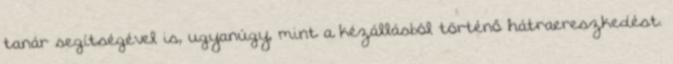
tanár segítségével is, ugyanúgy, mint a kézállásból történő hátraereszkedést.